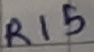
Text: R15